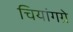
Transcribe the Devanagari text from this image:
चियांगग्रे